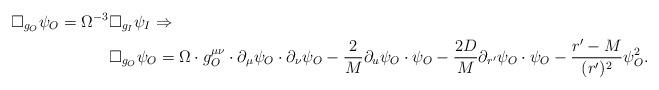
LaTeX: \begin{align*}\Box_{g_O} \psi_O = \Omega^{-3} & \Box_{g_I} \psi_I \Rightarrow \\ &\Box_{g_O} \psi_O = \Omega \cdot g^{\mu \nu}_O \cdot \partial_{\mu} \psi_O \cdot \partial_{\nu} \psi_O - \frac{2}{M} \partial_u \psi_O \cdot \psi_O - \frac{2D}{M} \partial_{r'} \psi_O \cdot \psi_O - \frac{r' - M}{(r')^2} \psi_O^2 .\end{align*}